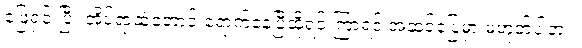
ဖြေရှင်းပြီး အိပ်ရာထဲတောင် ရောက်နေပြီဆိုရင် ကြာရင် အဆင်ပြေမှာ မဟုတ်ပါဘူး။